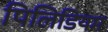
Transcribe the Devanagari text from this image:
पिलिडियम